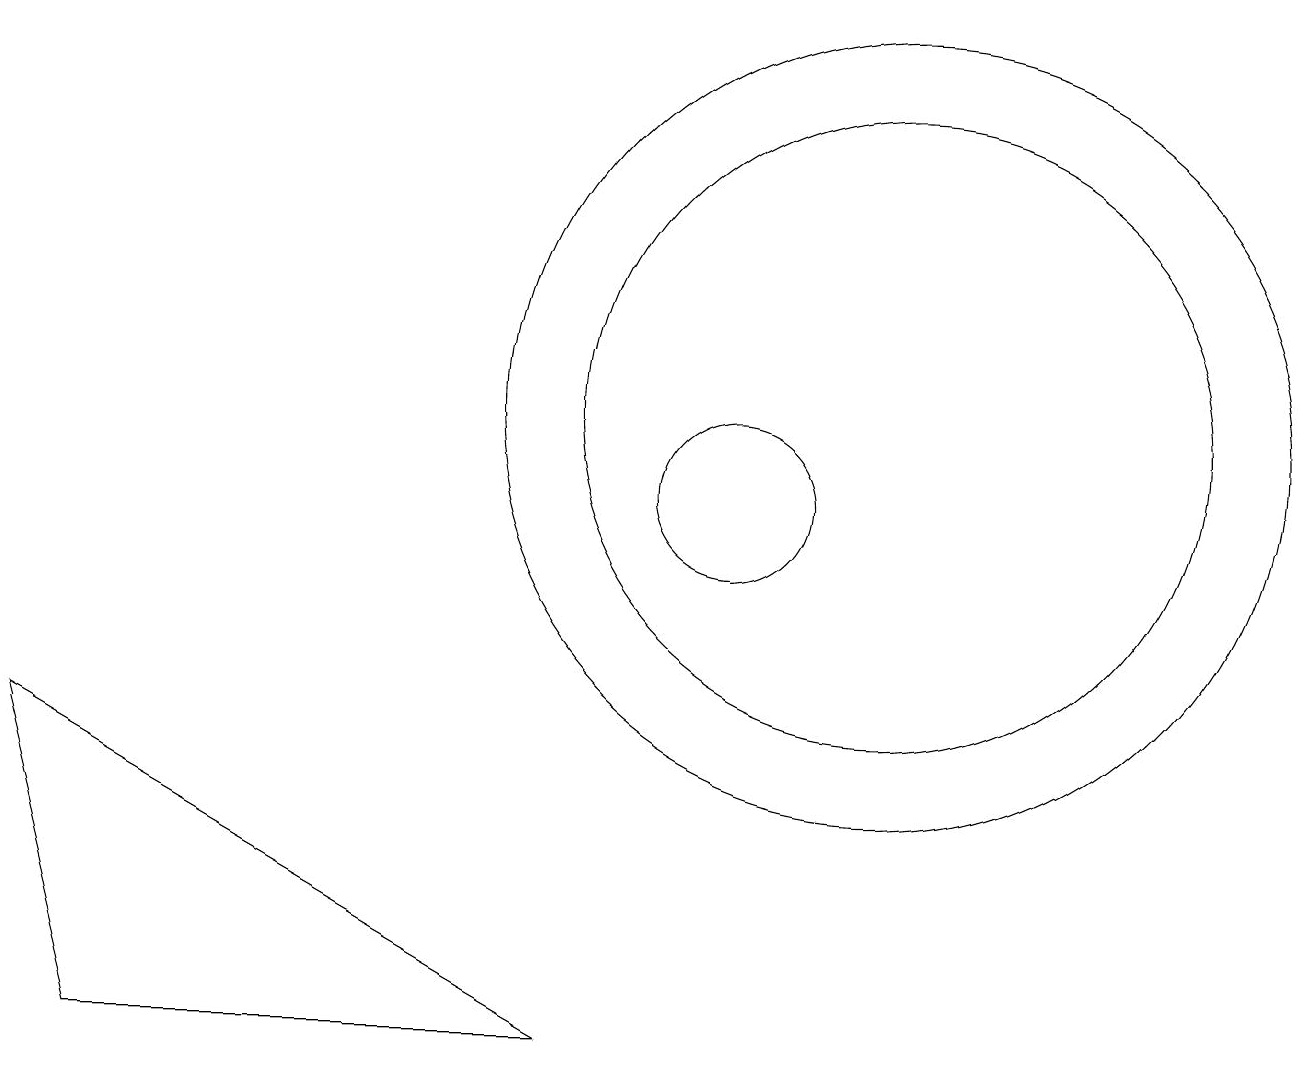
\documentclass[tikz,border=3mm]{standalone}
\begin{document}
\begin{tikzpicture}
\draw (10,10) circle (1);
\draw (12,11) circle (4);
\draw (12,11) circle (5);
\draw (1,7) -- (2,3) -- (8,3) -- cycle;
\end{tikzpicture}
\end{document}